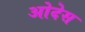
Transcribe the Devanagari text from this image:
ओदेस